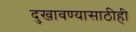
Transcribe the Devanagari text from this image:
दुखावण्यासाठीही